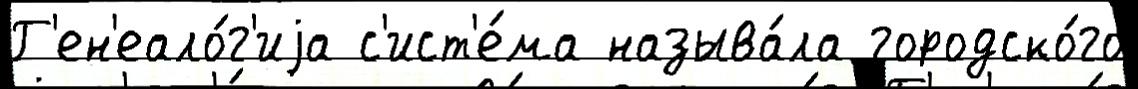
Г'ен'еало́г'иjа с'ист'е́ма называ́ла городско́го